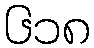
၆၁၈